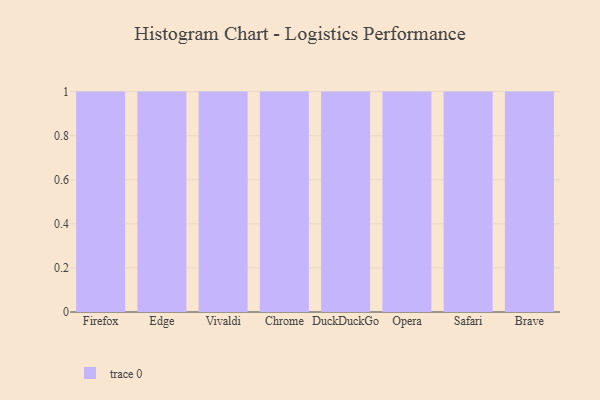
{"axis": {"x": "Browser", "y": "LTV (USD)"}, "legend": [""], "data": [{"x": "Firefox", "y": 99, "type": ""}, {"x": "Edge", "y": 73, "type": ""}, {"x": "Vivaldi", "y": 80, "type": ""}, {"x": "Chrome", "y": 67, "type": ""}, {"x": "DuckDuckGo", "y": 38, "type": ""}, {"x": "Opera", "y": 11, "type": ""}, {"x": "Safari", "y": 58, "type": ""}, {"x": "Brave", "y": 91, "type": ""}]}